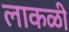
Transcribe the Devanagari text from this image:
लाकळी